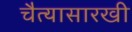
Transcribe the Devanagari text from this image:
चैत्यासारखी